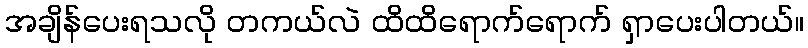
အချိန်ပေးရသလို တကယ်လဲ ထိထိရောက်ရောက် ရှာပေးပါတယ်။